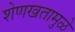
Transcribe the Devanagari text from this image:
शेणखतामुळे